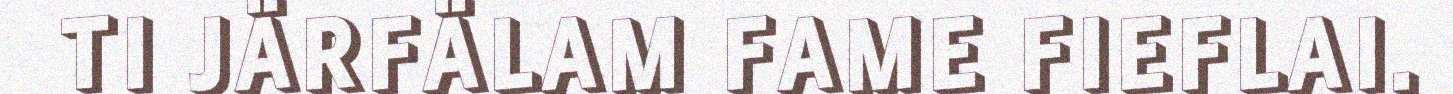
TI JÄRFÄLAM FAME FIEFLAI.